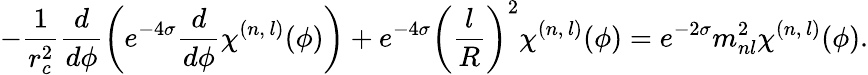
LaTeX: -\frac{1}{r_{c}^{2}}\frac{d}{d\phi}\left(e^{-4\sigma}\frac{d}{d\phi}\chi^{(n,\, l)}(\phi)\right)+e^{-4\sigma}\left(\frac{l}{R}\right)^{2}\chi^{(n,\, l)}(\phi)=e^{-2\sigma}m_{nl}^{2}\chi^{(n,\, l)}(\phi).